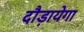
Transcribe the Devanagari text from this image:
दौड़ायेगा